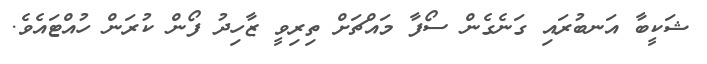
ޝަކީބާ އަނބުރައި ގަނެގެން ސޯފާ މައްޗަށް ތިރިވީ ޒާހިދު ފޯން ކުރަން ހުއްޓައެވެ.